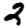
Digit: 2